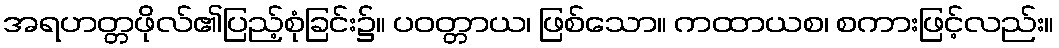
အရဟတ္တဖိုလ်၏ပြည့်စုံခြင်း၌။ ပဝတ္တာယ၊ ဖြစ်သော။ ကထာယစ၊ စကားဖြင့်လည်း။